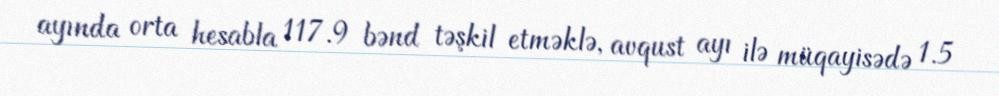
ayında orta hesabla 117.9 bənd təşkil etməklə, avqust ayı ilə müqayisədə 1.5